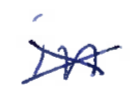
Text: in
Cross-out: cross
Writing tool: ballpoint